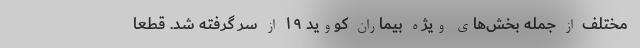
مختلف از جمله بخش‌های ویژه بیماران کووید ۱۹ از سر گرفته شد. قطعاً